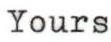
Yours